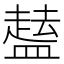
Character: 𱲘